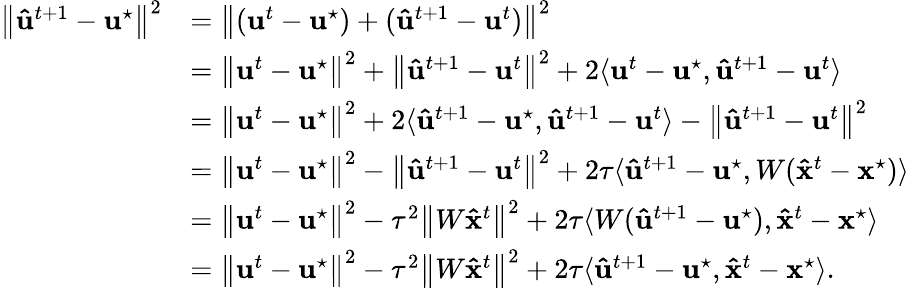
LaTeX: \begin{array}{rl}{\left\| \mathbf{\hat{u}}^{t+1}-\mathbf{u}^{\star}\right\| ^{2}}&{=\left\| (\mathbf{u}^{t}-\mathbf{u}^{\star})+(\mathbf{\hat{u}}^{t+1}-\mathbf{u}^{t})\right\| ^{2}}\\ &{=\left\| \mathbf{u}^{t}-\mathbf{u}^{\star}\right\| ^{2}+\left\| \mathbf{\hat{u}}^{t+1}-\mathbf{u}^{t}\right\| ^{2}+2\langle\mathbf{u}^{t}-\mathbf{u}^{\star},\mathbf{\hat{u}}^{t+1}-\mathbf{u}^{t}\rangle}\\ &{=\left\| \mathbf{u}^{t}-\mathbf{u}^{\star}\right\| ^{2}+2\langle\mathbf{\hat{u}}^{t+1}-\mathbf{u}^{\star},\mathbf{\hat{u}}^{t+1}-\mathbf{u}^{t}\rangle-\left\| \mathbf{\hat{u}}^{t+1}-\mathbf{u}^{t}\right\| ^{2}}\\ &{=\left\| \mathbf{u}^{t}-\mathbf{u}^{\star}\right\| ^{2}-\left\| \mathbf{\hat{u}}^{t+1}-\mathbf{u}^{t}\right\| ^{2}+2\tau\langle\mathbf{\hat{u}}^{t+1}-\mathbf{u}^{\star},W(\mathbf{\hat{x}}^{t}-\mathbf{x}^{\star})\rangle}\\ &{=\left\| \mathbf{u}^{t}-\mathbf{u}^{\star}\right\| ^{2}-\tau^{2}\left\| W\mathbf{\hat{x}}^{t}\right\| ^{2}+2\tau\langle W(\mathbf{\hat{u}}^{t+1}-\mathbf{u}^{\star}),\mathbf{\hat{x}}^{t}-\mathbf{x}^{\star}\rangle}\\ &{=\left\| \mathbf{u}^{t}-\mathbf{u}^{\star}\right\| ^{2}-\tau^{2}\left\| W\mathbf{\hat{x}}^{t}\right\| ^{2}+2\tau\langle\mathbf{\hat{u}}^{t+1}-\mathbf{u}^{\star},\mathbf{\hat{x}}^{t}-\mathbf{x}^{\star}\rangle.}\end{array}